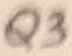
Text: Q3